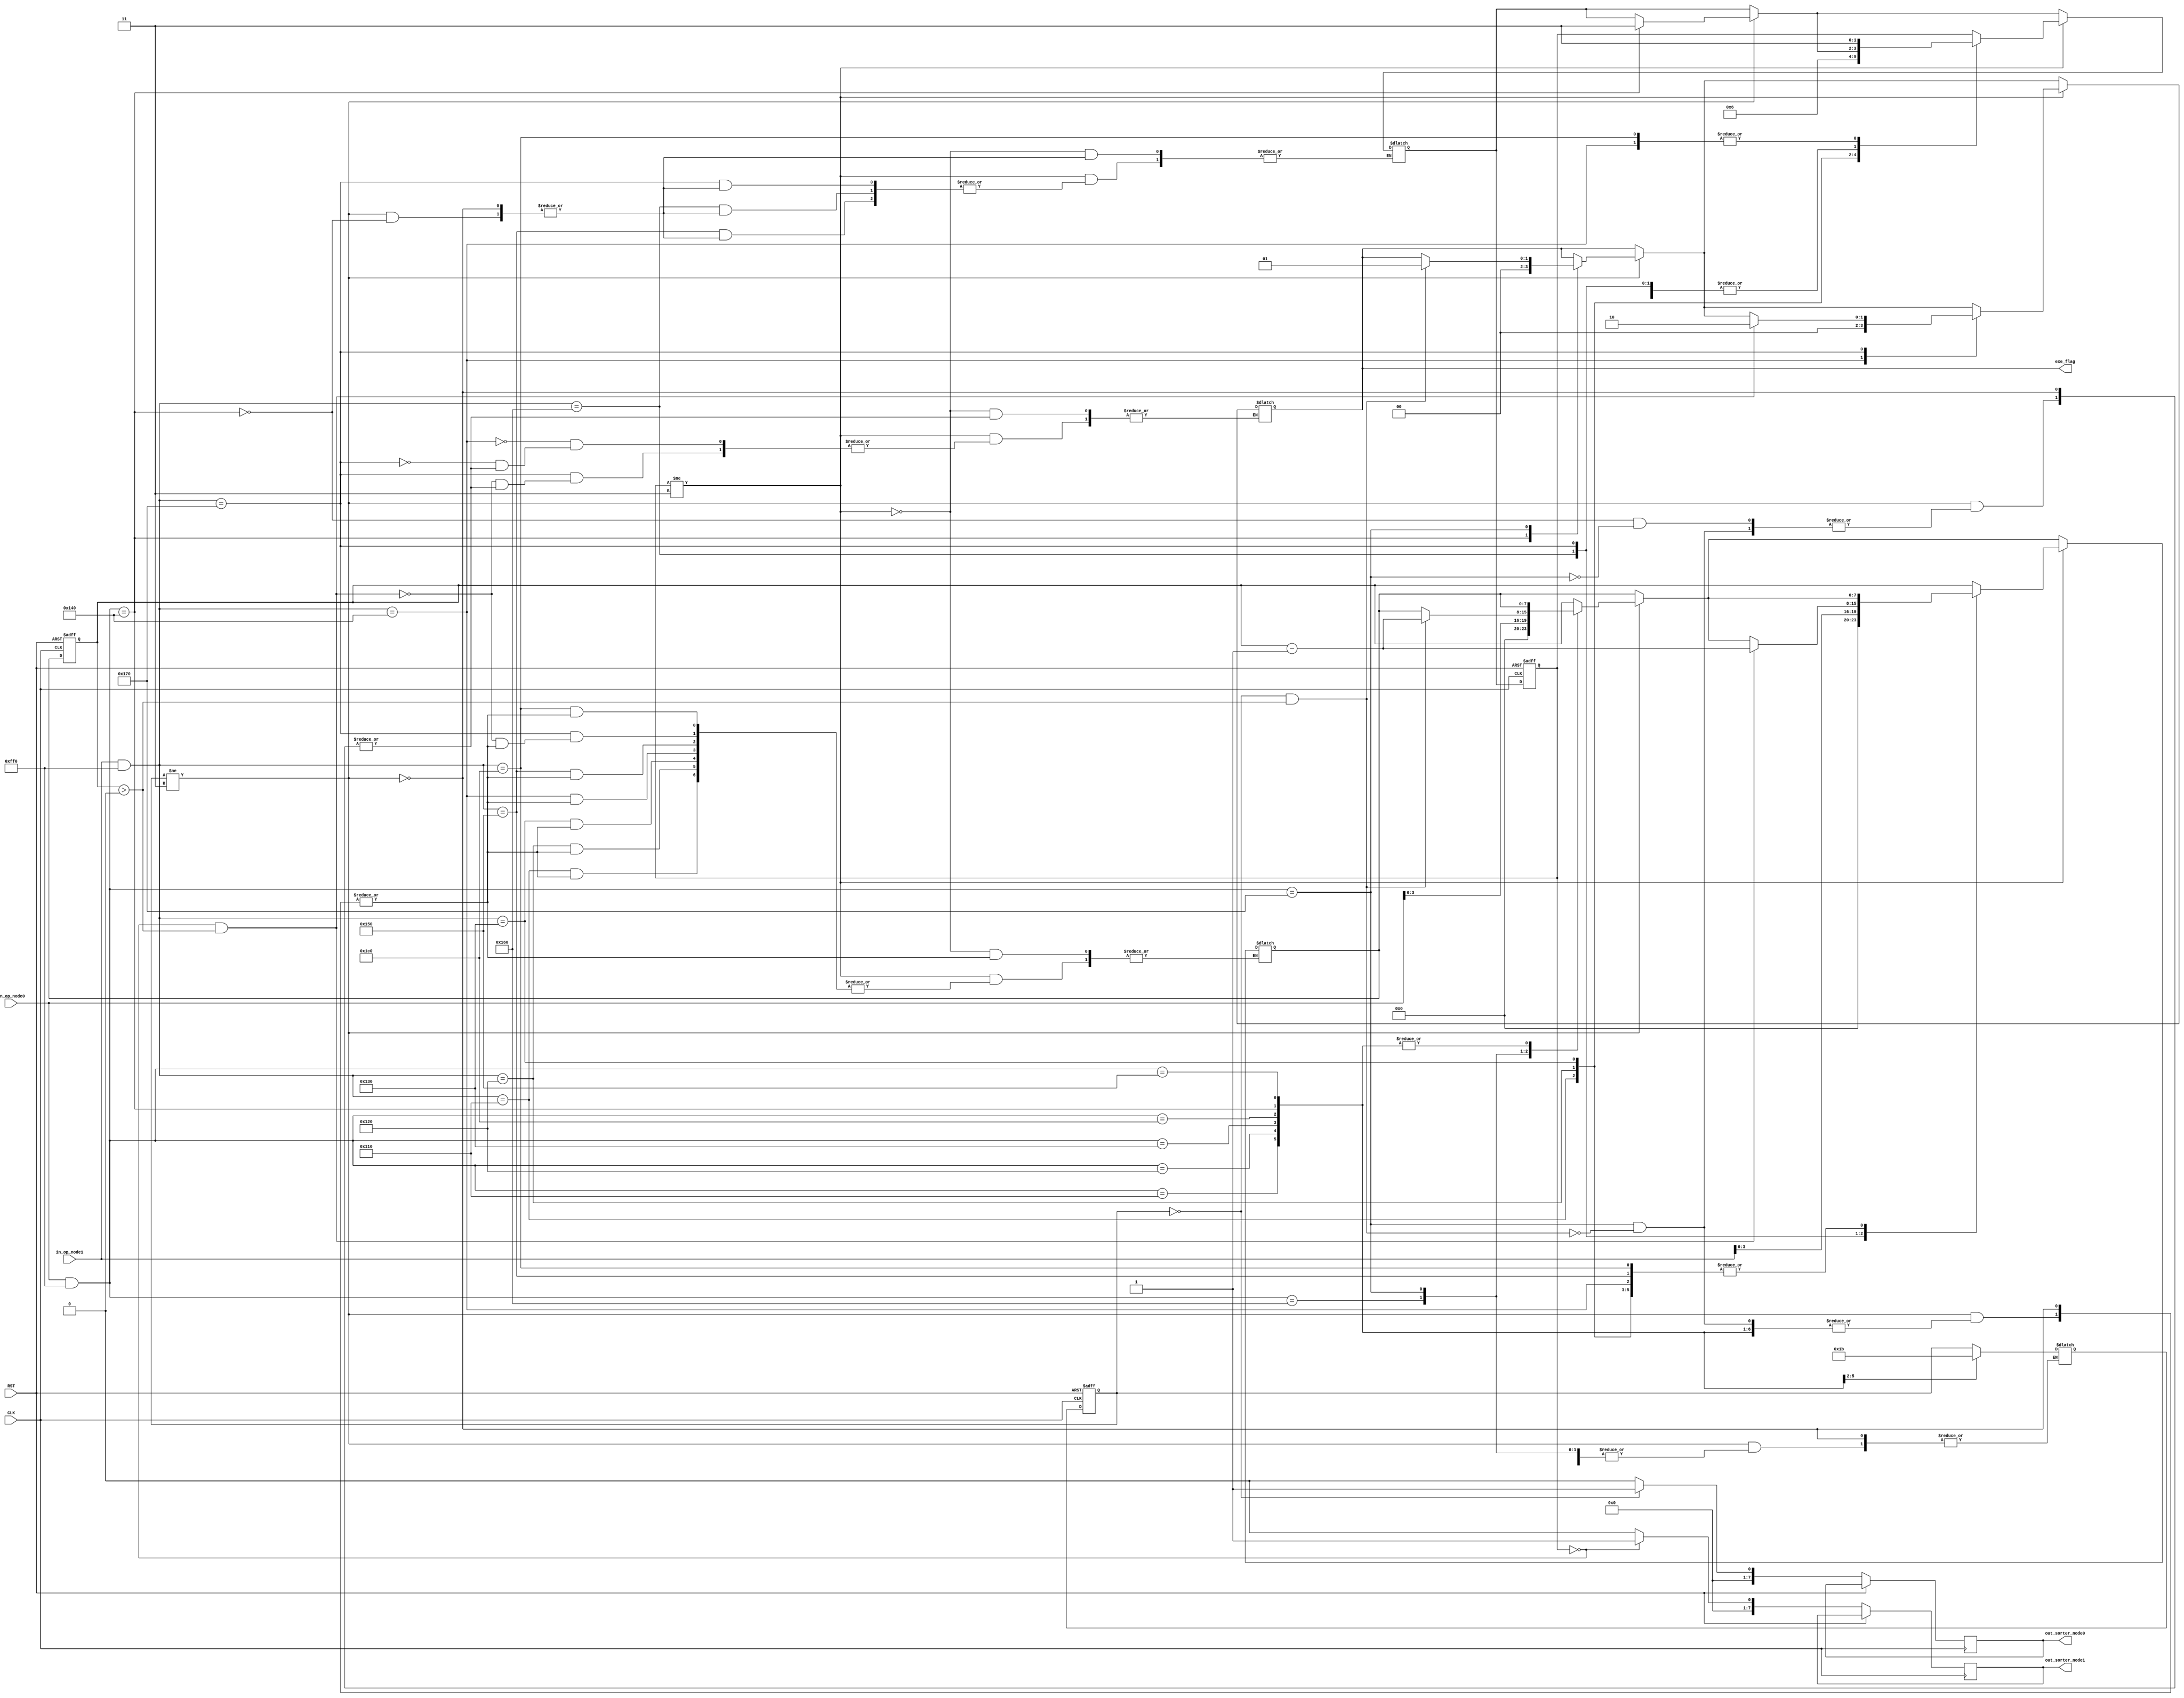
module task0(
    input CLK,
	 input RST,
	 input [15:0] in_op_node0,
    input [15:0] in_op_node1,
    output wire [7:0] out_sorter_node0,
    output wire [7:0] out_sorter_node1,
	 output reg [1:0] exe_flag
    );

    // Initial values
    reg [1:0] state_node0 = 2'b00;
    reg [1:0] next_state_node0;
    reg [3:0] priority_node0 = 4'b0000;
	 reg [3:0] next_priority_node0 = 4'b0000;

    reg [1:0] state_node1 = 2'b00;
    reg [1:0] next_state_node1;
    reg [3:0] priority_node1 = 4'b0000;
	 reg [3:0] next_priority_node1 = 4'b0000;

    reg [7:0] exe_hit = 8'b10000000;
    reg [7:0] next_exe_hit;

    reg [7:0] id_plus_prty_node0;
    reg [7:0] id_plus_prty_node1;
	 
	 reg [31:0] next_r_counter_node0 = 32'b0;
	 reg [31:0] next_r_counter_node1 = 32'b0;

    // States
    // ---------------------
    // 00 | Ready
    // 01 | Suspended
    // 10 | Wait
    // 11 | Terminated
    // ---------------------

    reg [31:0] r_counter_node0 = 32'b0;
    reg [31:0] r_counter_node1 = 32'b0;

    localparam task_id = 8'b00000001;

    always @(*) begin
	 
	 
            // Operation cases
            // ---------------------
            // 1111 | Confirm execution
            // 0001 | Ready                       
            // 0010 | Suspend                     
            // 0011 | Wait                      
            // 0100 | Kill                    
            // 0101 | Increase priority           
            // 0110 | Increase execution hit
            // 1100 | Kill overall
            // 0000 | Not defined
            // ---------------------
		if (state_node0 != 2'b11) begin

            case (in_op_node0 & 16'b0000111111110000)
                // ---------------------
                // Particular State change
                // ---------------------
                16'b0000000100010000: next_state_node0 <= 2'b00; // Ready : 0001
                16'b0000000100100000: next_state_node0 <= 2'b01; // Suspend : 0010
                16'b0000000100110000: next_state_node0 <= 2'b10; // Wait : 0011
                16'b0000000101000000: begin
							exe_flag <= 0;
							next_state_node1 <= 2'b11; // Kill : 0100
						end
                // ---------------------
                16'b0000000101010000: next_priority_node0 <= in_op_node0[3:0]; // Increase priority : 0101
                16'b0000000101100000: next_exe_hit <= in_op_node0[3:0]; // Increase execution hit : 0110

                16'b0000000101110000: begin // Execute
                    if (state_node0 == 2'b00 && exe_hit > 0) begin
                        next_exe_hit <= exe_hit - 1;
                        next_r_counter_node0 <= 0;
								exe_flag <= 1;
                    end
                end

                16'b0000000111000000: begin // Kill : 1100
                    next_state_node0 <= 2'b11;
						  //next_state_node1 <= 2'b11;
                end

                default: begin
							next_state_node0 <= state_node0;
							next_priority_node0 <= priority_node0;
							next_exe_hit <= exe_hit;
							next_r_counter_node0 = r_counter_node0;
					 end
            endcase
			end

		if (state_node1 != 2'b11) begin
            case (in_op_node1 & 16'b0000111111110000)
                // ---------------------
                // Particular State change
                // ---------------------

                16'b0000000100010000: next_state_node1 <= 2'b00; // Ready : 0001
                16'b0000000100100000: next_state_node1 <= 2'b01; // Suspend : 0010
                16'b0000000100110000: next_state_node1 <= 2'b10; // Wait : 0011
                16'b0000000101000000: begin
							exe_flag <= 0;
							next_state_node1 <= 2'b11; // Kill : 0100
						end
                // ---------------------
                16'b0000000101010000: next_priority_node1 <= in_op_node1[3:0]; // Increase priority : 0101
                16'b0000000101100000: next_exe_hit <= in_op_node1[3:0]; // Increase execution hit : 0110

                16'b0000000101110000: begin // Execute
                    if (state_node1 == 2'b00 && exe_hit > 0) begin
                        next_exe_hit <= exe_hit - 1;
                        next_r_counter_node1 <= 0;
								exe_flag <= 2;
                    end
                end

                16'b0000000111000000: begin // Kill : 1100
							next_state_node1 <= 2'b11;
							//next_state_node0 <= 2'b11;
                end

                default: begin
							next_state_node1 <= state_node1;
							next_priority_node1 <= priority_node1;
							next_exe_hit <= exe_hit;
							next_r_counter_node1 = r_counter_node1;
					 end
            endcase
			end

    end

    always @(posedge CLK or posedge RST) begin
		if (RST) begin
            // RST the FSM to the initial state and values for node0
            state_node0 <= 2'b00;
            priority_node0 <= 4'b0000;
            // RST the FSM to the initial state and values for node1
            state_node1 <= 2'b00;
            priority_node1 <= 4'b0000;
            exe_hit <= 8'b10000000;
            r_counter_node0 <= 32'b0;
            r_counter_node1 <= 32'b0;
        end else begin
			  if (state_node0 == 2'b00) begin
					id_plus_prty_node0 <= {priority_node0, task_id};
			  end else begin
					id_plus_prty_node0 <= 8'b00000000;
			  end
			  state_node0 <= next_state_node0;
	
			  if (state_node1 == 2'b00) begin
					id_plus_prty_node1 <= {priority_node1, task_id};
			  end else begin
					id_plus_prty_node1 <= 8'b00000000;
			  end
			  state_node1 <= next_state_node1;
			  
			  if (next_r_counter_node0 == 10000) begin
					r_counter_node0 <= 0;
					priority_node0 <= next_priority_node0;
			  end else if (next_r_counter_node0 == 0) begin
					r_counter_node0 <= 0;
					priority_node0 <= next_priority_node0 + 1;	
			  end
			  
			  if (next_r_counter_node1 == 10000) begin
					r_counter_node1 <= 0;
					priority_node1 <= next_priority_node1;
			  end else if (next_r_counter_node1 == 0) begin
					r_counter_node1 <= 0;
					priority_node1 <= next_priority_node1 + 1;	
			  end
			  
			  exe_hit <= next_exe_hit;
			  r_counter_node0 <= r_counter_node0 + 1;
			  r_counter_node1 <= r_counter_node1 + 1;
		 end
	 end

    assign out_sorter_node0 = id_plus_prty_node0;
    assign out_sorter_node1 = id_plus_prty_node1;

endmodule